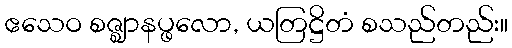
ဧသေဝ စဇ္ဈာနပ္ဖလော, ယတြဋ္ဌိတံ စသည်တည်း။